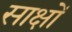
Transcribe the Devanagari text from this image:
साक्षों